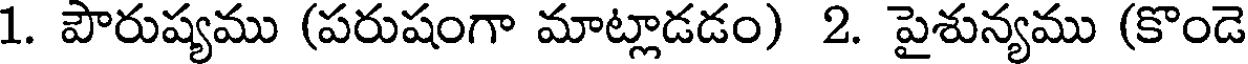
1. పౌరుష్యము (పరుషంగా మాట్లాడడం) 2. పైశున్యము (కొండె